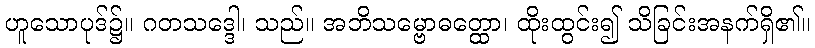
ဟူသောပုဒ်၌။ ဂတသဒ္ဒေါ၊ သည်။ အဘိသမ္ဗောဓတ္ထော၊ ထိုးထွင်း၍ သိခြင်းအနက်ရှိ၏။